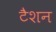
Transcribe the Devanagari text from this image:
टैशन